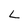
Character: L